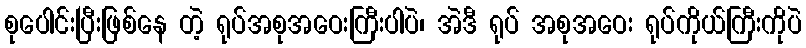
စုပေါင်းပြီးဖြစ်နေ တဲ့ ရုပ်အစုအဝေးကြီးပါပဲ၊ အဲဒီ ရုပ် အစုအဝေး ရုပ်ကိုယ်ကြီးကိုပဲ